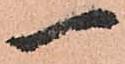
一